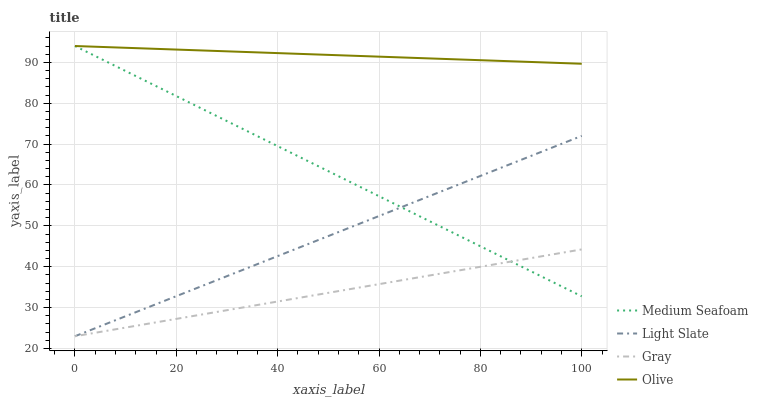
| xaxis_label | Medium Seafoam | Light Slate | Gray | Olive |
 | --- | --- | --- | --- | --- |
 | 0 | 94 | 23 | 23 | 94 |
 | 5.88 | 90.4 | 25.9 | 24.2 | 93.7 |
 | 11.8 | 86.8 | 28.8 | 25.5 | 93.5 |
 | 17.6 | 83.2 | 31.7 | 26.7 | 93.2 |
 | 23.5 | 79.6 | 34.5 | 28 | 93 |
 | 29.4 | 76 | 37.4 | 29.2 | 92.7 |
 | 35.3 | 72.4 | 40.3 | 30.5 | 92.5 |
 | 41.2 | 68.8 | 43.2 | 31.7 | 92.2 |
 | 47.1 | 65.2 | 46.1 | 33 | 92 |
 | 52.9 | 61.6 | 49 | 34.2 | 91.7 |
 | 58.8 | 58 | 51.8 | 35.5 | 91.4 |
 | 64.7 | 54.4 | 54.7 | 36.7 | 91.2 |
 | 70.6 | 50.8 | 57.6 | 38 | 90.9 |
 | 76.5 | 47.2 | 60.5 | 39.2 | 90.7 |
 | 82.4 | 43.6 | 63.4 | 40.5 | 90.4 |
 | 88.2 | 40 | 66.3 | 41.7 | 90.2 |
 | 94.1 | 36.4 | 69.1 | 43 | 89.9 |
 | 100 | 32.8 | 72 | 44.2 | 89.7 |